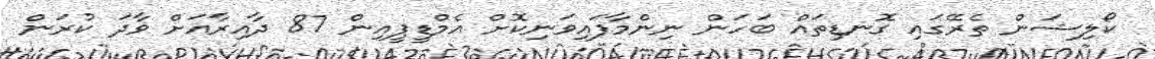
ކޯލިޝަން ތެރޭގައި ގޮނޑިތައް ބަހަން ނިންމާފައިވަނިކޮށް އެމްޑީޕީއިން 87 ދާއިރާއަށް ވާދަ ކުރަން